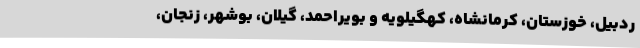
ردبیل، خوزستان، کرمانشاه، کهگیلویه و بویراحمد، گیلان، بوشهر، زنجان،